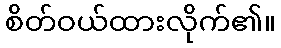
စိတ်ဝယ်ထားလိုက်၏။